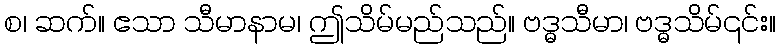
စ၊ ဆက်။ ဧသာ သီမာနာမ၊ ဤသိမ်မည်သည်။ ဗဒ္ဓသီမာ၊ ဗဒ္ဓသိမ်၎င်း။